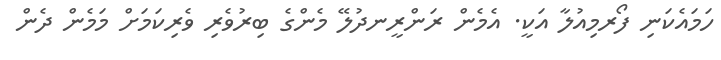
ހަމައެކަނި ފޯރމިއުލާ އަކީ. އެމެން ރަންރީނދުލޭ މެންގެ ބިރުވެރި ވެރިކަމަށް މަމެން ދެން